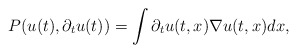
\begin{align*}P(u(t),\partial_t u(t)) = \int \partial_t u(t,x) \nabla u(t,x) dx,\end{align*}